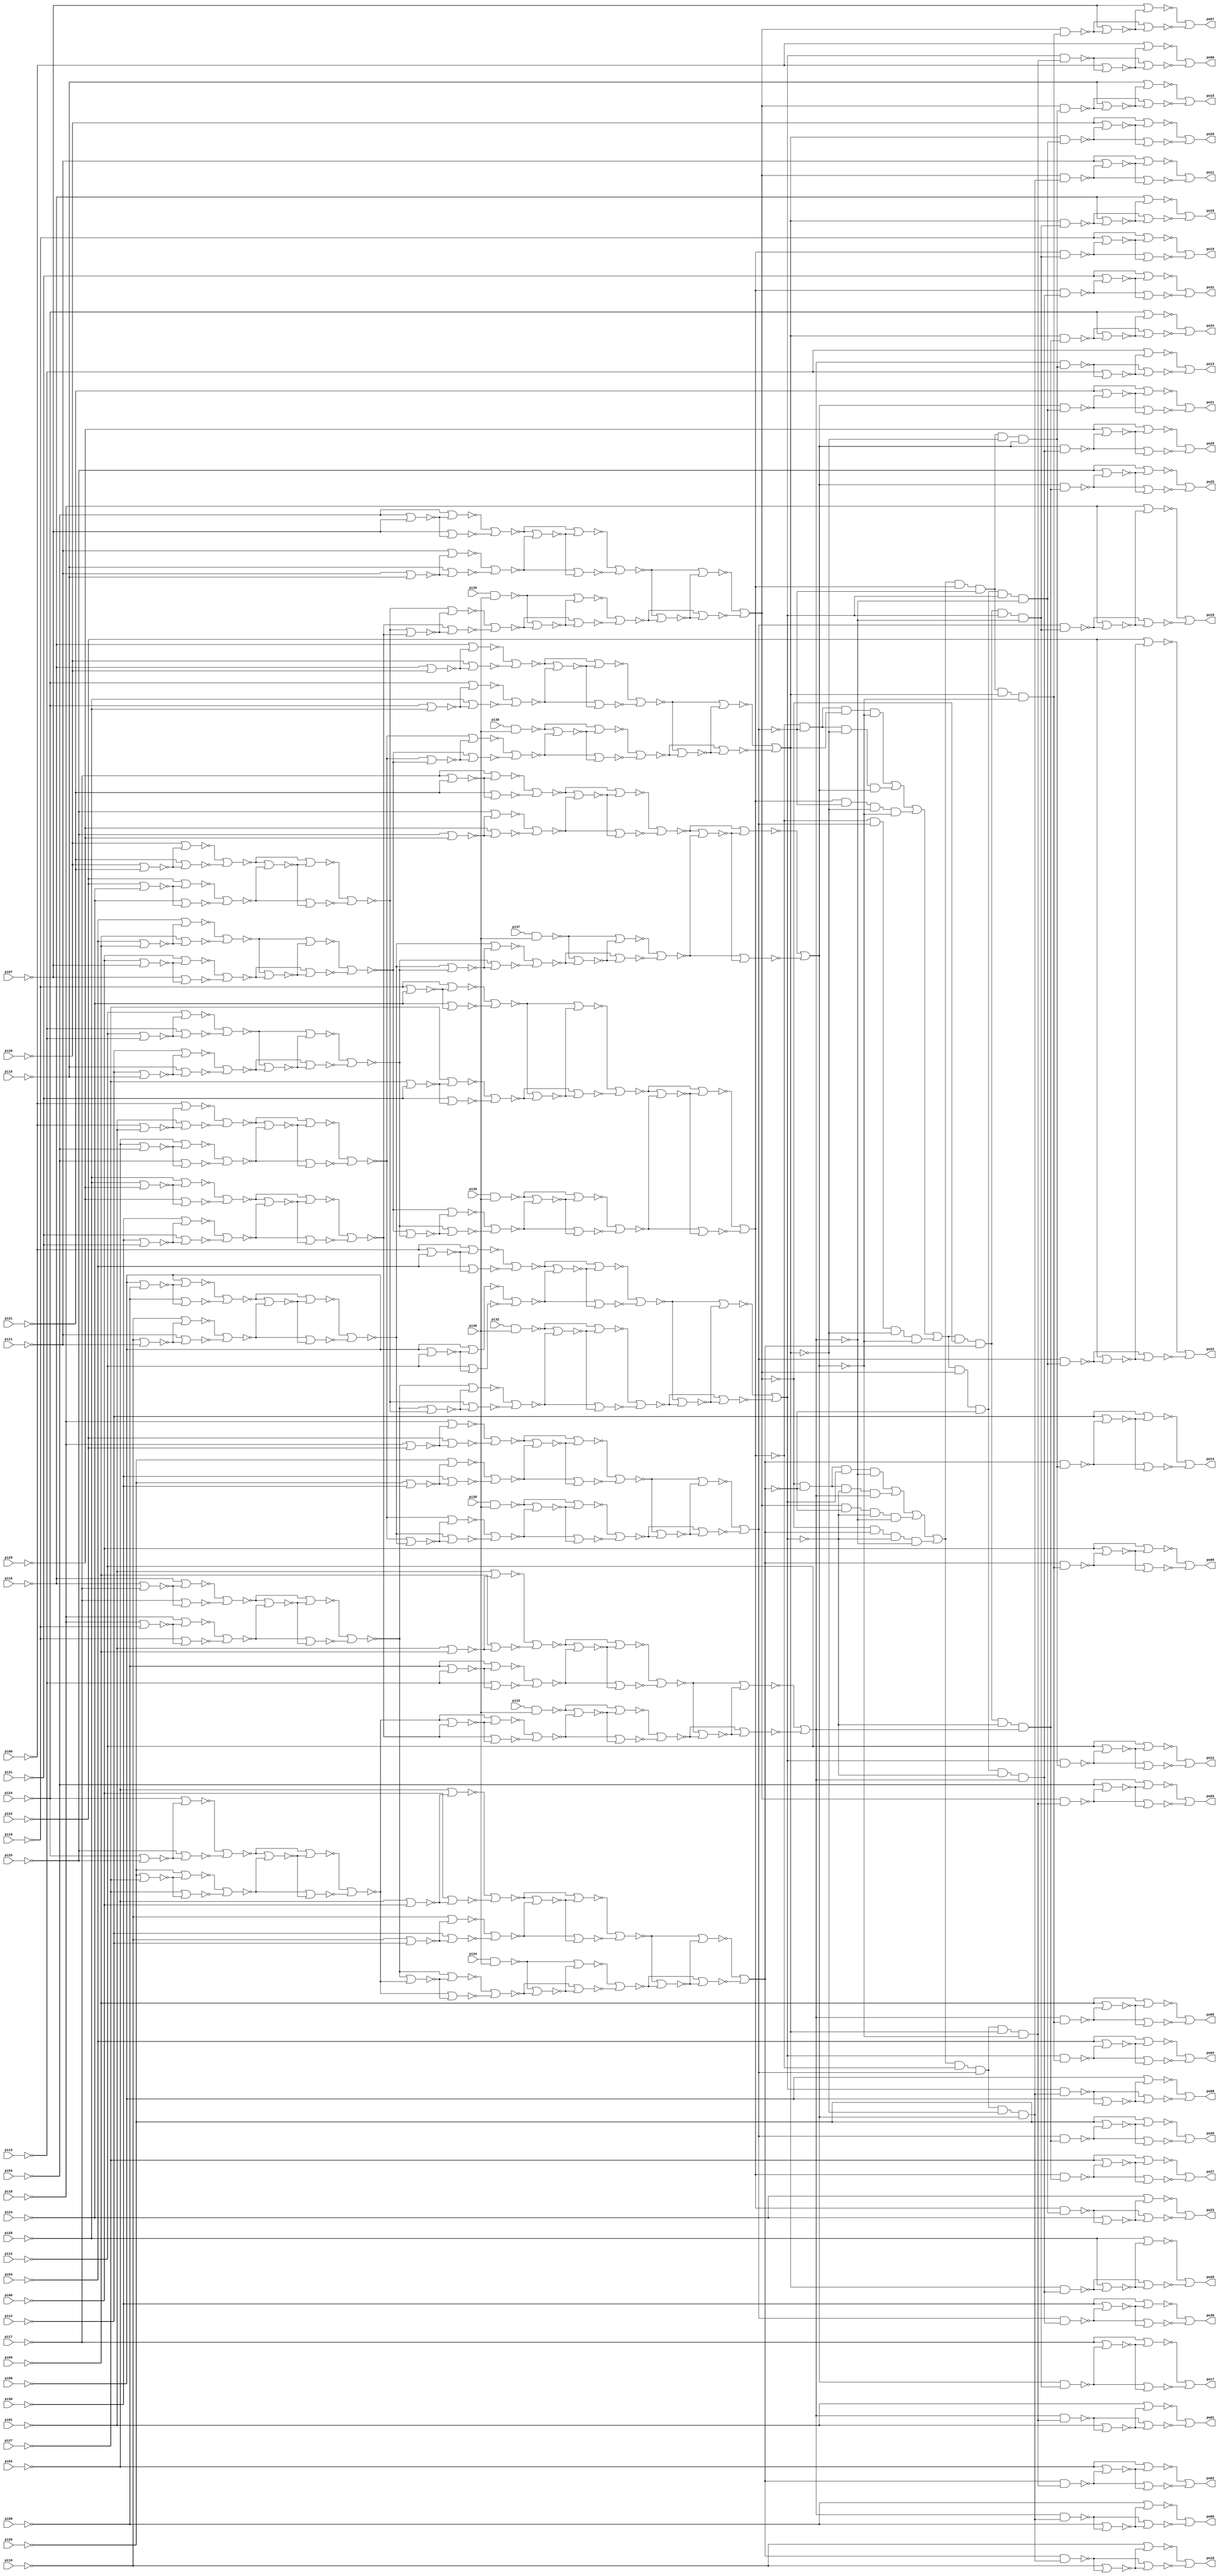
// Benchmark "C1355.iscas" written by ABC on Thu Mar 19 13:02:35 2020

module C1355_iscas  ( 
    pi00, pi01, pi02, pi03, pi04, pi05, pi06, pi07, pi08, pi09, pi10, pi11,
    pi12, pi13, pi14, pi15, pi16, pi17, pi18, pi19, pi20, pi21, pi22, pi23,
    pi24, pi25, pi26, pi27, pi28, pi29, pi30, pi31, pi32, pi33, pi34, pi35,
    pi36, pi37, pi38, pi39, pi40,
    po00, po01, po02, po03, po04, po05, po06, po07, po08, po09, po10, po11,
    po12, po13, po14, po15, po16, po17, po18, po19, po20, po21, po22, po23,
    po24, po25, po26, po27, po28, po29, po30, po31  );
  input  pi00, pi01, pi02, pi03, pi04, pi05, pi06, pi07, pi08, pi09,
    pi10, pi11, pi12, pi13, pi14, pi15, pi16, pi17, pi18, pi19, pi20, pi21,
    pi22, pi23, pi24, pi25, pi26, pi27, pi28, pi29, pi30, pi31, pi32, pi33,
    pi34, pi35, pi36, pi37, pi38, pi39, pi40;
  output po00, po01, po02, po03, po04, po05, po06, po07, po08, po09, po10,
    po11, po12, po13, po14, po15, po16, po17, po18, po19, po20, po21, po22,
    po23, po24, po25, po26, po27, po28, po29, po30, po31;
  wire new_n74_, new_n75_, new_n76_, new_n77_, new_n78_, new_n79_, new_n80_,
    new_n81_, new_n82_, new_n83_, new_n84_, new_n85_, new_n86_, new_n87_,
    new_n88_, new_n89_, new_n90_, new_n91_, new_n92_, new_n93_, new_n94_,
    new_n95_, new_n96_, new_n97_, new_n98_, new_n99_, new_n100_, new_n101_,
    new_n102_, new_n103_, new_n104_, new_n105_, new_n106_, new_n107_,
    new_n108_, new_n109_, new_n110_, new_n111_, new_n112_, new_n113_,
    new_n114_, new_n115_, new_n116_, new_n117_, new_n118_, new_n119_,
    new_n120_, new_n121_, new_n122_, new_n123_, new_n124_, new_n125_,
    new_n126_, new_n127_, new_n128_, new_n129_, new_n130_, new_n131_,
    new_n132_, new_n133_, new_n134_, new_n135_, new_n136_, new_n137_,
    new_n138_, new_n139_, new_n140_, new_n141_, new_n142_, new_n143_,
    new_n144_, new_n145_, new_n146_, new_n147_, new_n148_, new_n149_,
    new_n150_, new_n151_, new_n152_, new_n153_, new_n154_, new_n155_,
    new_n156_, new_n157_, new_n158_, new_n159_, new_n160_, new_n161_,
    new_n162_, new_n163_, new_n164_, new_n165_, new_n166_, new_n167_,
    new_n168_, new_n169_, new_n170_, new_n171_, new_n172_, new_n173_,
    new_n174_, new_n175_, new_n176_, new_n177_, new_n178_, new_n179_,
    new_n180_, new_n181_, new_n182_, new_n183_, new_n184_, new_n185_,
    new_n186_, new_n187_, new_n188_, new_n189_, new_n190_, new_n191_,
    new_n192_, new_n193_, new_n194_, new_n195_, new_n196_, new_n197_,
    new_n198_, new_n199_, new_n200_, new_n201_, new_n202_, new_n203_,
    new_n204_, new_n205_, new_n206_, new_n207_, new_n208_, new_n209_,
    new_n210_, new_n211_, new_n212_, new_n213_, new_n214_, new_n215_,
    new_n216_, new_n217_, new_n218_, new_n219_, new_n220_, new_n221_,
    new_n222_, new_n223_, new_n224_, new_n225_, new_n226_, new_n227_,
    new_n228_, new_n229_, new_n230_, new_n231_, new_n232_, new_n233_,
    new_n234_, new_n235_, new_n236_, new_n237_, new_n238_, new_n239_,
    new_n240_, new_n241_, new_n242_, new_n243_, new_n244_, new_n245_,
    new_n246_, new_n247_, new_n248_, new_n249_, new_n250_, new_n251_,
    new_n252_, new_n253_, new_n254_, new_n255_, new_n256_, new_n257_,
    new_n258_, new_n259_, new_n260_, new_n261_, new_n262_, new_n263_,
    new_n264_, new_n265_, new_n266_, new_n267_, new_n268_, new_n269_,
    new_n270_, new_n271_, new_n272_, new_n273_, new_n274_, new_n275_,
    new_n276_, new_n277_, new_n278_, new_n279_, new_n280_, new_n281_,
    new_n282_, new_n283_, new_n284_, new_n285_, new_n286_, new_n287_,
    new_n288_, new_n289_, new_n290_, new_n291_, new_n292_, new_n293_,
    new_n294_, new_n295_, new_n296_, new_n297_, new_n298_, new_n299_,
    new_n300_, new_n301_, new_n302_, new_n303_, new_n304_, new_n305_,
    new_n306_, new_n307_, new_n308_, new_n309_, new_n310_, new_n311_,
    new_n312_, new_n313_, new_n314_, new_n315_, new_n316_, new_n317_,
    new_n318_, new_n319_, new_n320_, new_n321_, new_n322_, new_n323_,
    new_n324_, new_n325_, new_n326_, new_n327_, new_n328_, new_n329_,
    new_n330_, new_n331_, new_n332_, new_n333_, new_n334_, new_n335_,
    new_n336_, new_n337_, new_n338_, new_n339_, new_n340_, new_n341_,
    new_n342_, new_n343_, new_n344_, new_n345_, new_n346_, new_n347_,
    new_n348_, new_n349_, new_n350_, new_n351_, new_n352_, new_n353_,
    new_n354_, new_n355_, new_n356_, new_n357_, new_n358_, new_n359_,
    new_n360_, new_n361_, new_n362_, new_n363_, new_n364_, new_n365_,
    new_n366_, new_n367_, new_n368_, new_n369_, new_n370_, new_n371_,
    new_n372_, new_n373_, new_n374_, new_n375_, new_n376_, new_n377_,
    new_n378_, new_n379_, new_n380_, new_n381_, new_n382_, new_n383_,
    new_n384_, new_n385_, new_n386_, new_n387_, new_n388_, new_n389_,
    new_n390_, new_n391_, new_n392_, new_n393_, new_n394_, new_n395_,
    new_n396_, new_n397_, new_n398_, new_n399_, new_n400_, new_n401_,
    new_n402_, new_n403_, new_n404_, new_n405_, new_n406_, new_n407_,
    new_n408_, new_n409_, new_n410_, new_n411_, new_n412_, new_n413_,
    new_n414_, new_n415_, new_n416_, new_n417_, new_n418_, new_n419_,
    new_n420_, new_n421_, new_n422_, new_n423_, new_n424_, new_n425_,
    new_n426_, new_n427_, new_n428_, new_n429_, new_n430_, new_n431_,
    new_n432_, new_n433_, new_n434_, new_n435_, new_n436_, new_n437_,
    new_n438_, new_n439_, new_n440_, new_n441_, new_n442_, new_n443_,
    new_n444_, new_n445_, new_n446_, new_n447_, new_n448_, new_n449_,
    new_n450_, new_n451_, new_n452_, new_n453_, new_n454_, new_n455_,
    new_n456_, new_n457_, new_n458_, new_n459_, new_n460_, new_n461_,
    new_n462_, new_n463_, new_n464_, new_n465_, new_n466_, new_n467_,
    new_n468_, new_n469_, new_n470_, new_n471_, new_n472_, new_n473_,
    new_n474_, new_n475_, new_n476_, new_n477_, new_n478_, new_n479_,
    new_n480_, new_n481_, new_n482_, new_n483_, new_n484_, new_n485_,
    new_n486_, new_n487_, new_n488_, new_n489_, new_n490_, new_n491_,
    new_n492_, new_n493_, new_n494_, new_n495_, new_n496_, new_n497_,
    new_n498_, new_n499_, new_n500_, new_n501_, new_n502_, new_n503_,
    new_n504_, new_n505_, new_n506_, new_n507_, new_n508_, new_n509_,
    new_n510_, new_n511_, new_n512_, new_n513_, new_n514_, new_n515_,
    new_n516_, new_n517_, new_n518_, new_n519_, new_n520_, new_n521_,
    new_n522_, new_n523_, new_n524_, new_n525_, new_n526_, new_n527_,
    new_n528_, new_n529_, new_n530_, new_n531_, new_n532_, new_n533_,
    new_n534_, new_n535_, new_n536_, new_n537_, new_n538_, new_n539_,
    new_n540_, new_n541_, new_n542_, new_n543_, new_n544_, new_n545_,
    new_n546_, new_n547_, new_n548_, new_n549_, new_n550_, new_n551_,
    new_n552_, new_n553_, new_n554_, new_n555_, new_n556_, new_n557_,
    new_n558_, new_n559_, new_n560_, new_n561_, new_n562_, new_n563_,
    new_n564_, new_n565_, new_n566_, new_n567_, new_n568_, new_n569_,
    new_n570_, new_n571_, new_n572_, new_n573_, new_n574_, new_n575_,
    new_n576_, new_n577_, new_n578_, new_n579_, new_n580_, new_n581_,
    new_n582_, new_n583_, new_n584_, new_n585_, new_n586_, new_n587_;
  assign new_n74_ = pi39 & pi40;
  assign new_n75_ = pi38 & pi40;
  assign new_n76_ = pi37 & pi40;
  assign new_n77_ = pi36 & pi40;
  assign new_n78_ = pi35 & pi40;
  assign new_n79_ = pi34 & pi40;
  assign new_n80_ = pi33 & pi40;
  assign new_n81_ = pi32 & pi40;
  assign new_n82_ = ~pi30 | ~pi31;
  assign new_n83_ = ~pi28 | ~pi29;
  assign new_n84_ = ~pi27 | ~pi31;
  assign new_n85_ = ~pi26 | ~pi30;
  assign new_n86_ = ~pi26 | ~pi27;
  assign new_n87_ = ~pi25 | ~pi29;
  assign new_n88_ = ~pi24 | ~pi28;
  assign new_n89_ = ~pi24 | ~pi25;
  assign new_n90_ = ~pi22 | ~pi23;
  assign new_n91_ = ~pi20 | ~pi21;
  assign new_n92_ = ~pi19 | ~pi23;
  assign new_n93_ = ~pi18 | ~pi22;
  assign new_n94_ = ~pi18 | ~pi19;
  assign new_n95_ = ~pi17 | ~pi21;
  assign new_n96_ = ~pi16 | ~pi20;
  assign new_n97_ = ~pi16 | ~pi17;
  assign new_n98_ = ~pi14 | ~pi15;
  assign new_n99_ = ~pi12 | ~pi13;
  assign new_n100_ = ~pi11 | ~pi15;
  assign new_n101_ = ~pi10 | ~pi14;
  assign new_n102_ = ~pi10 | ~pi11;
  assign new_n103_ = ~pi09 | ~pi13;
  assign new_n104_ = ~pi08 | ~pi12;
  assign new_n105_ = ~pi08 | ~pi09;
  assign new_n106_ = ~pi06 | ~pi07;
  assign new_n107_ = ~pi04 | ~pi05;
  assign new_n108_ = ~pi03 | ~pi07;
  assign new_n109_ = ~pi02 | ~pi06;
  assign new_n110_ = ~pi02 | ~pi03;
  assign new_n111_ = ~pi01 | ~pi05;
  assign new_n112_ = ~pi00 | ~pi04;
  assign new_n113_ = ~pi00 | ~pi01;
  assign new_n114_ = ~pi31 | ~new_n84_;
  assign new_n115_ = ~pi31 | ~new_n82_;
  assign new_n116_ = ~pi30 | ~new_n85_;
  assign new_n117_ = ~pi30 | ~new_n82_;
  assign new_n118_ = ~pi29 | ~new_n87_;
  assign new_n119_ = ~pi29 | ~new_n83_;
  assign new_n120_ = ~pi28 | ~new_n88_;
  assign new_n121_ = ~pi28 | ~new_n83_;
  assign new_n122_ = ~pi27 | ~new_n84_;
  assign new_n123_ = ~pi27 | ~new_n86_;
  assign new_n124_ = ~pi26 | ~new_n85_;
  assign new_n125_ = ~pi26 | ~new_n86_;
  assign new_n126_ = ~pi25 | ~new_n87_;
  assign new_n127_ = ~pi25 | ~new_n89_;
  assign new_n128_ = ~pi24 | ~new_n88_;
  assign new_n129_ = ~pi24 | ~new_n89_;
  assign new_n130_ = ~pi23 | ~new_n92_;
  assign new_n131_ = ~pi23 | ~new_n90_;
  assign new_n132_ = ~pi22 | ~new_n93_;
  assign new_n133_ = ~pi22 | ~new_n90_;
  assign new_n134_ = ~pi21 | ~new_n95_;
  assign new_n135_ = ~pi21 | ~new_n91_;
  assign new_n136_ = ~pi20 | ~new_n96_;
  assign new_n137_ = ~pi20 | ~new_n91_;
  assign new_n138_ = ~pi19 | ~new_n92_;
  assign new_n139_ = ~pi19 | ~new_n94_;
  assign new_n140_ = ~pi18 | ~new_n93_;
  assign new_n141_ = ~pi18 | ~new_n94_;
  assign new_n142_ = ~pi17 | ~new_n95_;
  assign new_n143_ = ~pi17 | ~new_n97_;
  assign new_n144_ = ~pi16 | ~new_n96_;
  assign new_n145_ = ~pi16 | ~new_n97_;
  assign new_n146_ = ~pi15 | ~new_n100_;
  assign new_n147_ = ~pi15 | ~new_n98_;
  assign new_n148_ = ~pi14 | ~new_n101_;
  assign new_n149_ = ~pi14 | ~new_n98_;
  assign new_n150_ = ~pi13 | ~new_n103_;
  assign new_n151_ = ~pi13 | ~new_n99_;
  assign new_n152_ = ~pi12 | ~new_n104_;
  assign new_n153_ = ~pi12 | ~new_n99_;
  assign new_n154_ = ~pi11 | ~new_n100_;
  assign new_n155_ = ~pi11 | ~new_n102_;
  assign new_n156_ = ~pi10 | ~new_n101_;
  assign new_n157_ = ~pi10 | ~new_n102_;
  assign new_n158_ = ~pi09 | ~new_n103_;
  assign new_n159_ = ~pi09 | ~new_n105_;
  assign new_n160_ = ~pi08 | ~new_n104_;
  assign new_n161_ = ~pi08 | ~new_n105_;
  assign new_n162_ = ~pi07 | ~new_n108_;
  assign new_n163_ = ~pi07 | ~new_n106_;
  assign new_n164_ = ~pi06 | ~new_n109_;
  assign new_n165_ = ~pi06 | ~new_n106_;
  assign new_n166_ = ~pi05 | ~new_n111_;
  assign new_n167_ = ~pi05 | ~new_n107_;
  assign new_n168_ = ~pi04 | ~new_n112_;
  assign new_n169_ = ~pi04 | ~new_n107_;
  assign new_n170_ = ~pi03 | ~new_n108_;
  assign new_n171_ = ~pi03 | ~new_n110_;
  assign new_n172_ = ~pi02 | ~new_n109_;
  assign new_n173_ = ~pi02 | ~new_n110_;
  assign new_n174_ = ~pi01 | ~new_n111_;
  assign new_n175_ = ~pi01 | ~new_n113_;
  assign new_n176_ = ~pi00 | ~new_n112_;
  assign new_n177_ = ~pi00 | ~new_n113_;
  assign new_n178_ = ~new_n122_ | ~new_n114_;
  assign new_n179_ = ~new_n117_ | ~new_n115_;
  assign new_n180_ = ~new_n124_ | ~new_n116_;
  assign new_n181_ = ~new_n126_ | ~new_n118_;
  assign new_n182_ = ~new_n121_ | ~new_n119_;
  assign new_n183_ = ~new_n128_ | ~new_n120_;
  assign new_n184_ = ~new_n125_ | ~new_n123_;
  assign new_n185_ = ~new_n129_ | ~new_n127_;
  assign new_n186_ = ~new_n138_ | ~new_n130_;
  assign new_n187_ = ~new_n133_ | ~new_n131_;
  assign new_n188_ = ~new_n140_ | ~new_n132_;
  assign new_n189_ = ~new_n142_ | ~new_n134_;
  assign new_n190_ = ~new_n137_ | ~new_n135_;
  assign new_n191_ = ~new_n144_ | ~new_n136_;
  assign new_n192_ = ~new_n141_ | ~new_n139_;
  assign new_n193_ = ~new_n145_ | ~new_n143_;
  assign new_n194_ = ~new_n154_ | ~new_n146_;
  assign new_n195_ = ~new_n149_ | ~new_n147_;
  assign new_n196_ = ~new_n156_ | ~new_n148_;
  assign new_n197_ = ~new_n158_ | ~new_n150_;
  assign new_n198_ = ~new_n153_ | ~new_n151_;
  assign new_n199_ = ~new_n160_ | ~new_n152_;
  assign new_n200_ = ~new_n157_ | ~new_n155_;
  assign new_n201_ = ~new_n161_ | ~new_n159_;
  assign new_n202_ = ~new_n170_ | ~new_n162_;
  assign new_n203_ = ~new_n165_ | ~new_n163_;
  assign new_n204_ = ~new_n172_ | ~new_n164_;
  assign new_n205_ = ~new_n174_ | ~new_n166_;
  assign new_n206_ = ~new_n169_ | ~new_n167_;
  assign new_n207_ = ~new_n176_ | ~new_n168_;
  assign new_n208_ = ~new_n173_ | ~new_n171_;
  assign new_n209_ = ~new_n177_ | ~new_n175_;
  assign new_n210_ = ~new_n186_ | ~new_n178_;
  assign new_n211_ = ~new_n182_ | ~new_n179_;
  assign new_n212_ = ~new_n188_ | ~new_n180_;
  assign new_n213_ = ~new_n189_ | ~new_n181_;
  assign new_n214_ = ~new_n191_ | ~new_n183_;
  assign new_n215_ = ~new_n185_ | ~new_n184_;
  assign new_n216_ = ~new_n190_ | ~new_n187_;
  assign new_n217_ = ~new_n193_ | ~new_n192_;
  assign new_n218_ = ~new_n202_ | ~new_n194_;
  assign new_n219_ = ~new_n198_ | ~new_n195_;
  assign new_n220_ = ~new_n204_ | ~new_n196_;
  assign new_n221_ = ~new_n205_ | ~new_n197_;
  assign new_n222_ = ~new_n207_ | ~new_n199_;
  assign new_n223_ = ~new_n201_ | ~new_n200_;
  assign new_n224_ = ~new_n206_ | ~new_n203_;
  assign new_n225_ = ~new_n209_ | ~new_n208_;
  assign new_n226_ = ~new_n178_ | ~new_n210_;
  assign new_n227_ = ~new_n179_ | ~new_n211_;
  assign new_n228_ = ~new_n180_ | ~new_n212_;
  assign new_n229_ = ~new_n181_ | ~new_n213_;
  assign new_n230_ = ~new_n182_ | ~new_n211_;
  assign new_n231_ = ~new_n183_ | ~new_n214_;
  assign new_n232_ = ~new_n184_ | ~new_n215_;
  assign new_n233_ = ~new_n185_ | ~new_n215_;
  assign new_n234_ = ~new_n186_ | ~new_n210_;
  assign new_n235_ = ~new_n187_ | ~new_n216_;
  assign new_n236_ = ~new_n188_ | ~new_n212_;
  assign new_n237_ = ~new_n189_ | ~new_n213_;
  assign new_n238_ = ~new_n190_ | ~new_n216_;
  assign new_n239_ = ~new_n191_ | ~new_n214_;
  assign new_n240_ = ~new_n192_ | ~new_n217_;
  assign new_n241_ = ~new_n193_ | ~new_n217_;
  assign new_n242_ = ~new_n194_ | ~new_n218_;
  assign new_n243_ = ~new_n195_ | ~new_n219_;
  assign new_n244_ = ~new_n196_ | ~new_n220_;
  assign new_n245_ = ~new_n197_ | ~new_n221_;
  assign new_n246_ = ~new_n198_ | ~new_n219_;
  assign new_n247_ = ~new_n199_ | ~new_n222_;
  assign new_n248_ = ~new_n200_ | ~new_n223_;
  assign new_n249_ = ~new_n201_ | ~new_n223_;
  assign new_n250_ = ~new_n202_ | ~new_n218_;
  assign new_n251_ = ~new_n203_ | ~new_n224_;
  assign new_n252_ = ~new_n204_ | ~new_n220_;
  assign new_n253_ = ~new_n205_ | ~new_n221_;
  assign new_n254_ = ~new_n206_ | ~new_n224_;
  assign new_n255_ = ~new_n207_ | ~new_n222_;
  assign new_n256_ = ~new_n208_ | ~new_n225_;
  assign new_n257_ = ~new_n209_ | ~new_n225_;
  assign new_n258_ = ~new_n234_ | ~new_n226_;
  assign new_n259_ = ~new_n230_ | ~new_n227_;
  assign new_n260_ = ~new_n236_ | ~new_n228_;
  assign new_n261_ = ~new_n237_ | ~new_n229_;
  assign new_n262_ = ~new_n239_ | ~new_n231_;
  assign new_n263_ = ~new_n233_ | ~new_n232_;
  assign new_n264_ = ~new_n238_ | ~new_n235_;
  assign new_n265_ = ~new_n241_ | ~new_n240_;
  assign new_n266_ = ~new_n250_ | ~new_n242_;
  assign new_n267_ = ~new_n246_ | ~new_n243_;
  assign new_n268_ = ~new_n252_ | ~new_n244_;
  assign new_n269_ = ~new_n253_ | ~new_n245_;
  assign new_n270_ = ~new_n255_ | ~new_n247_;
  assign new_n271_ = ~new_n249_ | ~new_n248_;
  assign new_n272_ = ~new_n254_ | ~new_n251_;
  assign new_n273_ = ~new_n257_ | ~new_n256_;
  assign new_n274_ = ~new_n263_ | ~new_n259_;
  assign new_n275_ = ~new_n264_ | ~new_n259_;
  assign new_n276_ = ~new_n265_ | ~new_n263_;
  assign new_n277_ = ~new_n265_ | ~new_n264_;
  assign new_n278_ = ~new_n271_ | ~new_n267_;
  assign new_n279_ = ~new_n272_ | ~new_n267_;
  assign new_n280_ = ~new_n273_ | ~new_n271_;
  assign new_n281_ = ~new_n273_ | ~new_n272_;
  assign new_n282_ = ~new_n259_ | ~new_n274_;
  assign new_n283_ = ~new_n259_ | ~new_n275_;
  assign new_n284_ = ~new_n263_ | ~new_n274_;
  assign new_n285_ = ~new_n263_ | ~new_n276_;
  assign new_n286_ = ~new_n264_ | ~new_n277_;
  assign new_n287_ = ~new_n264_ | ~new_n275_;
  assign new_n288_ = ~new_n265_ | ~new_n277_;
  assign new_n289_ = ~new_n265_ | ~new_n276_;
  assign new_n290_ = ~new_n267_ | ~new_n278_;
  assign new_n291_ = ~new_n267_ | ~new_n279_;
  assign new_n292_ = ~new_n271_ | ~new_n278_;
  assign new_n293_ = ~new_n271_ | ~new_n280_;
  assign new_n294_ = ~new_n272_ | ~new_n281_;
  assign new_n295_ = ~new_n272_ | ~new_n279_;
  assign new_n296_ = ~new_n273_ | ~new_n281_;
  assign new_n297_ = ~new_n273_ | ~new_n280_;
  assign new_n298_ = ~new_n284_ | ~new_n282_;
  assign new_n299_ = ~new_n287_ | ~new_n283_;
  assign new_n300_ = ~new_n289_ | ~new_n285_;
  assign new_n301_ = ~new_n288_ | ~new_n286_;
  assign new_n302_ = ~new_n292_ | ~new_n290_;
  assign new_n303_ = ~new_n295_ | ~new_n291_;
  assign new_n304_ = ~new_n297_ | ~new_n293_;
  assign new_n305_ = ~new_n296_ | ~new_n294_;
  assign new_n306_ = ~new_n74_ | ~new_n303_;
  assign new_n307_ = ~new_n75_ | ~new_n304_;
  assign new_n308_ = ~new_n76_ | ~new_n302_;
  assign new_n309_ = ~new_n77_ | ~new_n305_;
  assign new_n310_ = ~new_n78_ | ~new_n299_;
  assign new_n311_ = ~new_n79_ | ~new_n300_;
  assign new_n312_ = ~new_n80_ | ~new_n298_;
  assign new_n313_ = ~new_n81_ | ~new_n301_;
  assign new_n314_ = ~new_n74_ | ~new_n306_;
  assign new_n315_ = ~new_n75_ | ~new_n307_;
  assign new_n316_ = ~new_n76_ | ~new_n308_;
  assign new_n317_ = ~new_n77_ | ~new_n309_;
  assign new_n318_ = ~new_n78_ | ~new_n310_;
  assign new_n319_ = ~new_n79_ | ~new_n311_;
  assign new_n320_ = ~new_n80_ | ~new_n312_;
  assign new_n321_ = ~new_n81_ | ~new_n313_;
  assign new_n322_ = ~new_n298_ | ~new_n312_;
  assign new_n323_ = ~new_n299_ | ~new_n310_;
  assign new_n324_ = ~new_n300_ | ~new_n311_;
  assign new_n325_ = ~new_n301_ | ~new_n313_;
  assign new_n326_ = ~new_n302_ | ~new_n308_;
  assign new_n327_ = ~new_n303_ | ~new_n306_;
  assign new_n328_ = ~new_n304_ | ~new_n307_;
  assign new_n329_ = ~new_n305_ | ~new_n309_;
  assign new_n330_ = ~new_n314_ | ~new_n327_;
  assign new_n331_ = ~new_n315_ | ~new_n328_;
  assign new_n332_ = ~new_n316_ | ~new_n326_;
  assign new_n333_ = ~new_n317_ | ~new_n329_;
  assign new_n334_ = ~new_n318_ | ~new_n323_;
  assign new_n335_ = ~new_n319_ | ~new_n324_;
  assign new_n336_ = ~new_n320_ | ~new_n322_;
  assign new_n337_ = ~new_n321_ | ~new_n325_;
  assign new_n338_ = ~new_n258_ | ~new_n330_;
  assign new_n339_ = ~new_n260_ | ~new_n331_;
  assign new_n340_ = ~new_n261_ | ~new_n332_;
  assign new_n341_ = ~new_n262_ | ~new_n333_;
  assign new_n342_ = ~new_n266_ | ~new_n334_;
  assign new_n343_ = ~new_n268_ | ~new_n335_;
  assign new_n344_ = ~new_n269_ | ~new_n336_;
  assign new_n345_ = ~new_n270_ | ~new_n337_;
  assign new_n346_ = ~new_n330_ | ~new_n338_;
  assign new_n347_ = ~new_n331_ | ~new_n339_;
  assign new_n348_ = ~new_n332_ | ~new_n340_;
  assign new_n349_ = ~new_n333_ | ~new_n341_;
  assign new_n350_ = ~new_n334_ | ~new_n342_;
  assign new_n351_ = ~new_n335_ | ~new_n343_;
  assign new_n352_ = ~new_n336_ | ~new_n344_;
  assign new_n353_ = ~new_n337_ | ~new_n345_;
  assign new_n354_ = ~new_n258_ | ~new_n338_;
  assign new_n355_ = ~new_n260_ | ~new_n339_;
  assign new_n356_ = ~new_n261_ | ~new_n340_;
  assign new_n357_ = ~new_n262_ | ~new_n341_;
  assign new_n358_ = ~new_n266_ | ~new_n342_;
  assign new_n359_ = ~new_n268_ | ~new_n343_;
  assign new_n360_ = ~new_n269_ | ~new_n344_;
  assign new_n361_ = ~new_n270_ | ~new_n345_;
  assign new_n362_ = ~new_n354_ | ~new_n346_;
  assign new_n363_ = ~new_n355_ | ~new_n347_;
  assign new_n364_ = ~new_n356_ | ~new_n348_;
  assign new_n365_ = ~new_n357_ | ~new_n349_;
  assign new_n366_ = ~new_n358_ | ~new_n350_;
  assign new_n367_ = ~new_n359_ | ~new_n351_;
  assign new_n368_ = ~new_n360_ | ~new_n352_;
  assign new_n369_ = ~new_n361_ | ~new_n353_;
  assign new_n370_ = ~new_n362_;
  assign new_n371_ = ~new_n362_;
  assign new_n372_ = ~new_n362_;
  assign new_n373_ = ~new_n362_;
  assign new_n374_ = ~new_n362_;
  assign new_n375_ = ~new_n363_;
  assign new_n376_ = ~new_n363_;
  assign new_n377_ = ~new_n363_;
  assign new_n378_ = ~new_n363_;
  assign new_n379_ = ~new_n363_;
  assign new_n380_ = ~new_n364_;
  assign new_n381_ = ~new_n364_;
  assign new_n382_ = ~new_n364_;
  assign new_n383_ = ~new_n364_;
  assign new_n384_ = ~new_n364_;
  assign new_n385_ = ~new_n365_;
  assign new_n386_ = ~new_n365_;
  assign new_n387_ = ~new_n365_;
  assign new_n388_ = ~new_n365_;
  assign new_n389_ = ~new_n365_;
  assign new_n390_ = ~new_n366_;
  assign new_n391_ = ~new_n366_;
  assign new_n392_ = ~new_n366_;
  assign new_n393_ = ~new_n366_;
  assign new_n394_ = ~new_n366_;
  assign new_n395_ = ~new_n367_;
  assign new_n396_ = ~new_n367_;
  assign new_n397_ = ~new_n367_;
  assign new_n398_ = ~new_n367_;
  assign new_n399_ = ~new_n367_;
  assign new_n400_ = ~new_n368_;
  assign new_n401_ = ~new_n368_;
  assign new_n402_ = ~new_n368_;
  assign new_n403_ = ~new_n368_;
  assign new_n404_ = ~new_n368_;
  assign new_n405_ = ~new_n369_;
  assign new_n406_ = ~new_n369_;
  assign new_n407_ = ~new_n369_;
  assign new_n408_ = ~new_n369_;
  assign new_n409_ = ~new_n369_;
  assign new_n410_ = new_n362_ & new_n377_ & new_n387_ & new_n382_;
  assign new_n411_ = new_n372_ & new_n363_ & new_n388_ & new_n383_;
  assign new_n412_ = new_n373_ & new_n378_ & new_n389_ & new_n364_;
  assign new_n413_ = new_n374_ & new_n379_ & new_n365_ & new_n384_;
  assign new_n414_ = new_n366_ & new_n395_ & new_n405_ & new_n400_;
  assign new_n415_ = new_n390_ & new_n367_ & new_n406_ & new_n401_;
  assign new_n416_ = new_n391_ & new_n396_ & new_n407_ & new_n368_;
  assign new_n417_ = new_n392_ & new_n397_ & new_n369_ & new_n402_;
  assign new_n418_ = new_n413_ | new_n412_ | new_n410_ | new_n411_;
  assign new_n419_ = new_n417_ | new_n416_ | new_n414_ | new_n415_;
  assign new_n420_ = new_n419_ & new_n362_ & new_n375_ & new_n365_ & new_n381_;
  assign new_n421_ = new_n419_ & new_n362_ & new_n376_ & new_n386_ & new_n364_;
  assign new_n422_ = new_n419_ & new_n370_ & new_n363_ & new_n365_ & new_n380_;
  assign new_n423_ = new_n419_ & new_n371_ & new_n363_ & new_n385_ & new_n364_;
  assign new_n424_ = new_n418_ & new_n366_ & new_n398_ & new_n369_ & new_n404_;
  assign new_n425_ = new_n418_ & new_n366_ & new_n399_ & new_n409_ & new_n368_;
  assign new_n426_ = new_n418_ & new_n393_ & new_n367_ & new_n369_ & new_n403_;
  assign new_n427_ = new_n418_ & new_n394_ & new_n367_ & new_n408_ & new_n368_;
  assign new_n428_ = new_n362_ & new_n426_;
  assign new_n429_ = new_n362_ & new_n424_;
  assign new_n430_ = new_n362_ & new_n427_;
  assign new_n431_ = new_n362_ & new_n425_;
  assign new_n432_ = new_n363_ & new_n426_;
  assign new_n433_ = new_n363_ & new_n424_;
  assign new_n434_ = new_n363_ & new_n427_;
  assign new_n435_ = new_n363_ & new_n425_;
  assign new_n436_ = new_n364_ & new_n426_;
  assign new_n437_ = new_n364_ & new_n424_;
  assign new_n438_ = new_n364_ & new_n427_;
  assign new_n439_ = new_n364_ & new_n425_;
  assign new_n440_ = new_n365_ & new_n426_;
  assign new_n441_ = new_n365_ & new_n424_;
  assign new_n442_ = new_n365_ & new_n427_;
  assign new_n443_ = new_n365_ & new_n425_;
  assign new_n444_ = new_n366_ & new_n422_;
  assign new_n445_ = new_n366_ & new_n420_;
  assign new_n446_ = new_n366_ & new_n423_;
  assign new_n447_ = new_n366_ & new_n421_;
  assign new_n448_ = new_n367_ & new_n422_;
  assign new_n449_ = new_n367_ & new_n420_;
  assign new_n450_ = new_n367_ & new_n423_;
  assign new_n451_ = new_n367_ & new_n421_;
  assign new_n452_ = new_n368_ & new_n422_;
  assign new_n453_ = new_n368_ & new_n420_;
  assign new_n454_ = new_n368_ & new_n423_;
  assign new_n455_ = new_n368_ & new_n421_;
  assign new_n456_ = new_n369_ & new_n422_;
  assign new_n457_ = new_n369_ & new_n420_;
  assign new_n458_ = new_n369_ & new_n423_;
  assign new_n459_ = new_n369_ & new_n421_;
  assign new_n460_ = ~pi31 | ~new_n431_;
  assign new_n461_ = ~pi30 | ~new_n435_;
  assign new_n462_ = ~pi29 | ~new_n439_;
  assign new_n463_ = ~pi28 | ~new_n443_;
  assign new_n464_ = ~pi27 | ~new_n430_;
  assign new_n465_ = ~pi26 | ~new_n434_;
  assign new_n466_ = ~pi25 | ~new_n438_;
  assign new_n467_ = ~pi24 | ~new_n442_;
  assign new_n468_ = ~pi23 | ~new_n429_;
  assign new_n469_ = ~pi22 | ~new_n433_;
  assign new_n470_ = ~pi21 | ~new_n437_;
  assign new_n471_ = ~pi20 | ~new_n441_;
  assign new_n472_ = ~pi19 | ~new_n428_;
  assign new_n473_ = ~pi18 | ~new_n432_;
  assign new_n474_ = ~pi17 | ~new_n436_;
  assign new_n475_ = ~pi16 | ~new_n440_;
  assign new_n476_ = ~pi15 | ~new_n447_;
  assign new_n477_ = ~pi14 | ~new_n451_;
  assign new_n478_ = ~pi13 | ~new_n455_;
  assign new_n479_ = ~pi12 | ~new_n459_;
  assign new_n480_ = ~pi11 | ~new_n446_;
  assign new_n481_ = ~pi10 | ~new_n450_;
  assign new_n482_ = ~pi09 | ~new_n454_;
  assign new_n483_ = ~pi08 | ~new_n458_;
  assign new_n484_ = ~pi07 | ~new_n445_;
  assign new_n485_ = ~pi06 | ~new_n449_;
  assign new_n486_ = ~pi05 | ~new_n453_;
  assign new_n487_ = ~pi04 | ~new_n457_;
  assign new_n488_ = ~pi03 | ~new_n444_;
  assign new_n489_ = ~pi02 | ~new_n448_;
  assign new_n490_ = ~pi01 | ~new_n452_;
  assign new_n491_ = ~pi00 | ~new_n456_;
  assign new_n492_ = ~new_n428_ | ~new_n472_;
  assign new_n493_ = ~new_n429_ | ~new_n468_;
  assign new_n494_ = ~new_n430_ | ~new_n464_;
  assign new_n495_ = ~new_n431_ | ~new_n460_;
  assign new_n496_ = ~new_n432_ | ~new_n473_;
  assign new_n497_ = ~new_n433_ | ~new_n469_;
  assign new_n498_ = ~new_n434_ | ~new_n465_;
  assign new_n499_ = ~new_n435_ | ~new_n461_;
  assign new_n500_ = ~new_n436_ | ~new_n474_;
  assign new_n501_ = ~new_n437_ | ~new_n470_;
  assign new_n502_ = ~new_n438_ | ~new_n466_;
  assign new_n503_ = ~new_n439_ | ~new_n462_;
  assign new_n504_ = ~new_n440_ | ~new_n475_;
  assign new_n505_ = ~new_n441_ | ~new_n471_;
  assign new_n506_ = ~new_n442_ | ~new_n467_;
  assign new_n507_ = ~new_n443_ | ~new_n463_;
  assign new_n508_ = ~new_n444_ | ~new_n488_;
  assign new_n509_ = ~new_n445_ | ~new_n484_;
  assign new_n510_ = ~new_n446_ | ~new_n480_;
  assign new_n511_ = ~new_n447_ | ~new_n476_;
  assign new_n512_ = ~new_n448_ | ~new_n489_;
  assign new_n513_ = ~new_n449_ | ~new_n485_;
  assign new_n514_ = ~new_n450_ | ~new_n481_;
  assign new_n515_ = ~new_n451_ | ~new_n477_;
  assign new_n516_ = ~new_n452_ | ~new_n490_;
  assign new_n517_ = ~new_n453_ | ~new_n486_;
  assign new_n518_ = ~new_n454_ | ~new_n482_;
  assign new_n519_ = ~new_n455_ | ~new_n478_;
  assign new_n520_ = ~new_n456_ | ~new_n491_;
  assign new_n521_ = ~new_n457_ | ~new_n487_;
  assign new_n522_ = ~new_n458_ | ~new_n483_;
  assign new_n523_ = ~new_n459_ | ~new_n479_;
  assign new_n524_ = ~pi31 | ~new_n460_;
  assign new_n525_ = ~pi30 | ~new_n461_;
  assign new_n526_ = ~pi29 | ~new_n462_;
  assign new_n527_ = ~pi28 | ~new_n463_;
  assign new_n528_ = ~pi27 | ~new_n464_;
  assign new_n529_ = ~pi26 | ~new_n465_;
  assign new_n530_ = ~pi25 | ~new_n466_;
  assign new_n531_ = ~pi24 | ~new_n467_;
  assign new_n532_ = ~pi23 | ~new_n468_;
  assign new_n533_ = ~pi22 | ~new_n469_;
  assign new_n534_ = ~pi21 | ~new_n470_;
  assign new_n535_ = ~pi20 | ~new_n471_;
  assign new_n536_ = ~pi19 | ~new_n472_;
  assign new_n537_ = ~pi18 | ~new_n473_;
  assign new_n538_ = ~pi17 | ~new_n474_;
  assign new_n539_ = ~pi16 | ~new_n475_;
  assign new_n540_ = ~pi15 | ~new_n476_;
  assign new_n541_ = ~pi14 | ~new_n477_;
  assign new_n542_ = ~pi13 | ~new_n478_;
  assign new_n543_ = ~pi12 | ~new_n479_;
  assign new_n544_ = ~pi11 | ~new_n480_;
  assign new_n545_ = ~pi10 | ~new_n481_;
  assign new_n546_ = ~pi09 | ~new_n482_;
  assign new_n547_ = ~pi08 | ~new_n483_;
  assign new_n548_ = ~pi07 | ~new_n484_;
  assign new_n549_ = ~pi06 | ~new_n485_;
  assign new_n550_ = ~pi05 | ~new_n486_;
  assign new_n551_ = ~pi04 | ~new_n487_;
  assign new_n552_ = ~pi03 | ~new_n488_;
  assign new_n553_ = ~pi02 | ~new_n489_;
  assign new_n554_ = ~pi01 | ~new_n490_;
  assign new_n555_ = ~pi00 | ~new_n491_;
  assign new_n556_ = ~new_n536_ | ~new_n492_;
  assign new_n557_ = ~new_n532_ | ~new_n493_;
  assign new_n558_ = ~new_n528_ | ~new_n494_;
  assign new_n559_ = ~new_n524_ | ~new_n495_;
  assign new_n560_ = ~new_n537_ | ~new_n496_;
  assign new_n561_ = ~new_n533_ | ~new_n497_;
  assign new_n562_ = ~new_n529_ | ~new_n498_;
  assign new_n563_ = ~new_n525_ | ~new_n499_;
  assign new_n564_ = ~new_n538_ | ~new_n500_;
  assign new_n565_ = ~new_n534_ | ~new_n501_;
  assign new_n566_ = ~new_n530_ | ~new_n502_;
  assign new_n567_ = ~new_n526_ | ~new_n503_;
  assign new_n568_ = ~new_n539_ | ~new_n504_;
  assign new_n569_ = ~new_n535_ | ~new_n505_;
  assign new_n570_ = ~new_n531_ | ~new_n506_;
  assign new_n571_ = ~new_n527_ | ~new_n507_;
  assign new_n572_ = ~new_n552_ | ~new_n508_;
  assign new_n573_ = ~new_n548_ | ~new_n509_;
  assign new_n574_ = ~new_n544_ | ~new_n510_;
  assign new_n575_ = ~new_n540_ | ~new_n511_;
  assign new_n576_ = ~new_n553_ | ~new_n512_;
  assign new_n577_ = ~new_n549_ | ~new_n513_;
  assign new_n578_ = ~new_n545_ | ~new_n514_;
  assign new_n579_ = ~new_n541_ | ~new_n515_;
  assign new_n580_ = ~new_n554_ | ~new_n516_;
  assign new_n581_ = ~new_n550_ | ~new_n517_;
  assign new_n582_ = ~new_n546_ | ~new_n518_;
  assign new_n583_ = ~new_n542_ | ~new_n519_;
  assign new_n584_ = ~new_n555_ | ~new_n520_;
  assign new_n585_ = ~new_n551_ | ~new_n521_;
  assign new_n586_ = ~new_n547_ | ~new_n522_;
  assign new_n587_ = ~new_n543_ | ~new_n523_;
  assign po19 = new_n556_;
  assign po23 = new_n557_;
  assign po27 = new_n558_;
  assign po31 = new_n559_;
  assign po18 = new_n560_;
  assign po22 = new_n561_;
  assign po26 = new_n562_;
  assign po30 = new_n563_;
  assign po17 = new_n564_;
  assign po21 = new_n565_;
  assign po25 = new_n566_;
  assign po29 = new_n567_;
  assign po16 = new_n568_;
  assign po20 = new_n569_;
  assign po24 = new_n570_;
  assign po28 = new_n571_;
  assign po03 = new_n572_;
  assign po07 = new_n573_;
  assign po11 = new_n574_;
  assign po15 = new_n575_;
  assign po02 = new_n576_;
  assign po06 = new_n577_;
  assign po10 = new_n578_;
  assign po14 = new_n579_;
  assign po01 = new_n580_;
  assign po05 = new_n581_;
  assign po09 = new_n582_;
  assign po13 = new_n583_;
  assign po00 = new_n584_;
  assign po04 = new_n585_;
  assign po08 = new_n586_;
  assign po12 = new_n587_;
endmodule